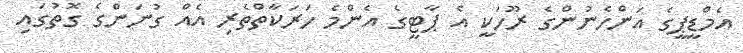
އެމްޑީޕީގެ އަންހެނުންގެ ރޫހަކީ އެ ޕާޓީގެ އެންމެ ހަރަކާތްތެރި އެއް ގުނަންގެ ގޮތުގައި